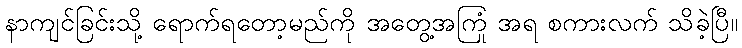
နာကျင်ခြင်းသို့ ရောက်ရတော့မည်ကို အတွေ့အကြုံ အရ စကားလက် သိခဲ့ပြီ။